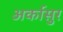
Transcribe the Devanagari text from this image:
अर्कासुर